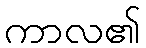
ကာလ၏